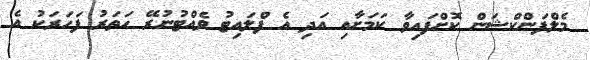
މެލްފަންކްޝަން ކޮށްފައިވާ ކަމަށާއި އަދި އެ ފްލައިޓު ވެއްޓުނުރޭ ހަތަރު ފަހަރަކު އެ